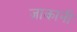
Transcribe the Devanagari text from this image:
ज़ाकानी